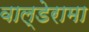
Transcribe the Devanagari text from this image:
वाल्डेरामा